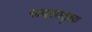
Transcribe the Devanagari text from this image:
रूपसादृश्य